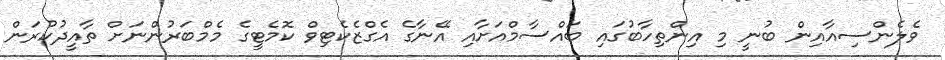
ވެލެންސިއާއިން ބުނީ މި އިންތިހާބުގައި ބައްސާމްއަށާއި އޭނާގެ އެގްޒެކެޓިވް ކޮމެޓީގެ މެމްބަރުންނަށް ތާއީދުކުރަން